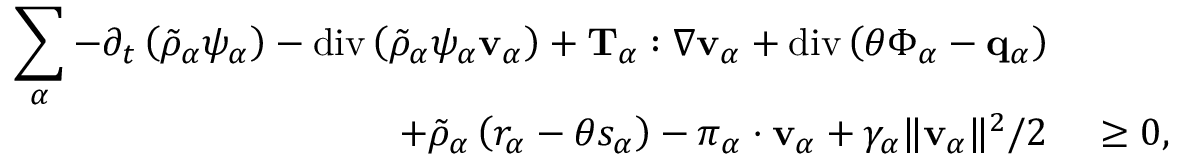
\begin{array} { r l } { \displaystyle \sum _ { \alpha } - \partial _ { t } \left( \tilde { \rho } _ { \alpha } \psi _ { \alpha } \right) - \mathrm { d i v } \left( \tilde { \rho } _ { \alpha } \psi _ { \alpha } \mathbf { v } _ { \alpha } \right) + \mathbf { T } _ { \alpha } : \nabla \mathbf { v } _ { \alpha } + \mathrm { d i v } \left( \theta \boldsymbol { \Phi } _ { \alpha } - \mathbf { q } _ { \alpha } \right) } & { } \\ { + \tilde { \rho } _ { \alpha } \left( r _ { \alpha } - \theta s _ { \alpha } \right) - \boldsymbol { \pi } _ { \alpha } \cdot \mathbf { v } _ { \alpha } + \gamma _ { \alpha } \| \mathbf { v } _ { \alpha } \| ^ { 2 } / 2 } & { ~ \geq 0 , } \end{array}